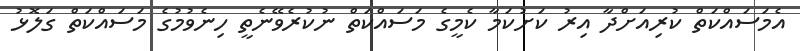
އެމަސައްކަތް ކުރިއަށްދާ އިރު ކަށުކަމާ ކެމީގެ މަސައްކަތް ނުކުރެވޭނެތީ ހިނެވުމުގެ މަސައްކަތް ގަލޮޅު